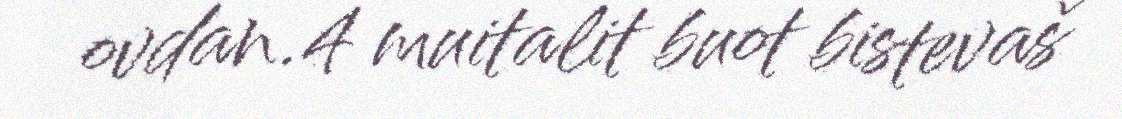
ovdan.4 muitalit buot bistevaš